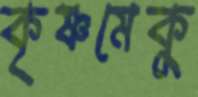
কৃষ্ণমেকু